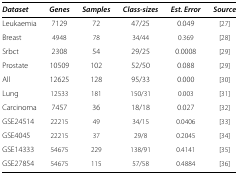
| Dataset | Genes | Samples | Class‐sizes | Est. Error | Source |
 | --- | --- | --- | --- | --- | --- |
 | Leukaemia | 7129 | 72 | 47/25 | 0.049 | [27] |
 | Breast | 4948 | 78 | 34/44 | 0.369 | [28] |
 | Srbct | 2308 | 54 | 29/25 | 0.0008 | [29] |
 | Prostate | 10509 | 102 | 52/50 | 0.088 | [29] |
 | All | 12625 | 128 | 95/33 | 0.000 | [30] |
 | Lung | 12533 | 181 | 150/31 | 0.003 | [31] |
 | Carcinoma | 7457 | 36 | 18/18 | 0.027 | [32] |
 | GSE24514 | 22215 | 49 | 34/15 | 0.0406 | [33] |
 | GSE4045 | 22215 | 37 | 29/8 | 0.2045 | [34] |
 | GSE14333 | 54675 | 229 | 138/91 | 0.4141 | [35] |
 | GSE27854 | 54675 | 115 | 57/58 | 0.4884 | [36] |